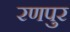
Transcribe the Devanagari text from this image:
रणपुर